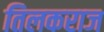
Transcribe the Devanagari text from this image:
तिलकराज